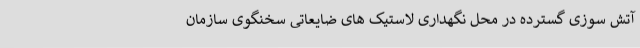
آتش سوزی گسترده در محل نگهداری لاستیک‌ های ضایعاتی سخنگوی سازمان